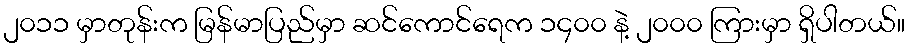
၂၀၁၁ မှာတုန်းက မြန်မာပြည်မှာ ဆင်ကောင်ရေက ၁၄၀၀ နဲ့ ၂၀၀၀ ကြားမှာ ရှိပါတယ်။